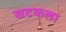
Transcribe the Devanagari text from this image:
खटकला